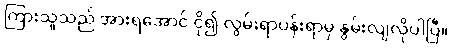
ကြားသူသည် အားရအောင် ငို၍ လွမ်းရာပန်းရာမှ နွမ်းလျလိုပါပြီ။